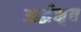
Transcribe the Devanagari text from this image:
अर्द्धमृत